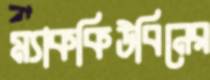
ম্যাককিউবিনের